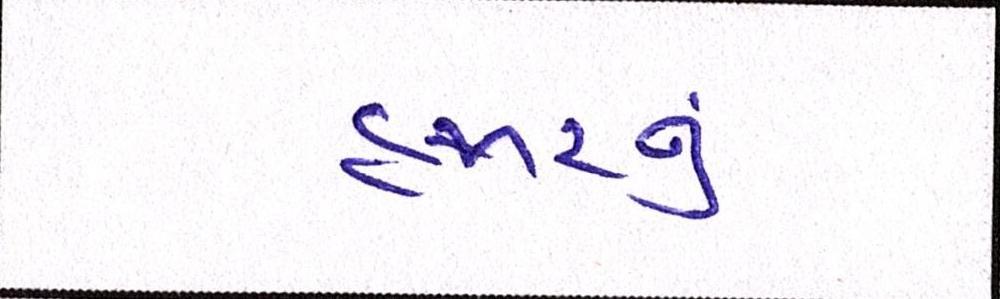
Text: હજારનું